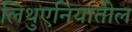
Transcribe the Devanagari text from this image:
लिथुएनियातील